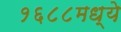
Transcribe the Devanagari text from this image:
१६८८मध्ये